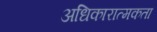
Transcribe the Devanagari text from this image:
अधिकारात्मकता